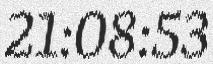
21:08:53